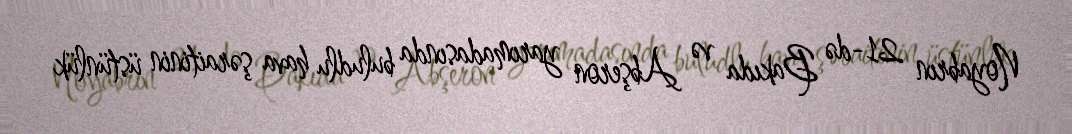
Noyabrın 21-də Bakıda və Abşeron yarımadasında buludlu hava şəraitinin üstünlük